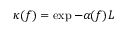
\kappa ( f ) = \exp { - \alpha ( f ) L }